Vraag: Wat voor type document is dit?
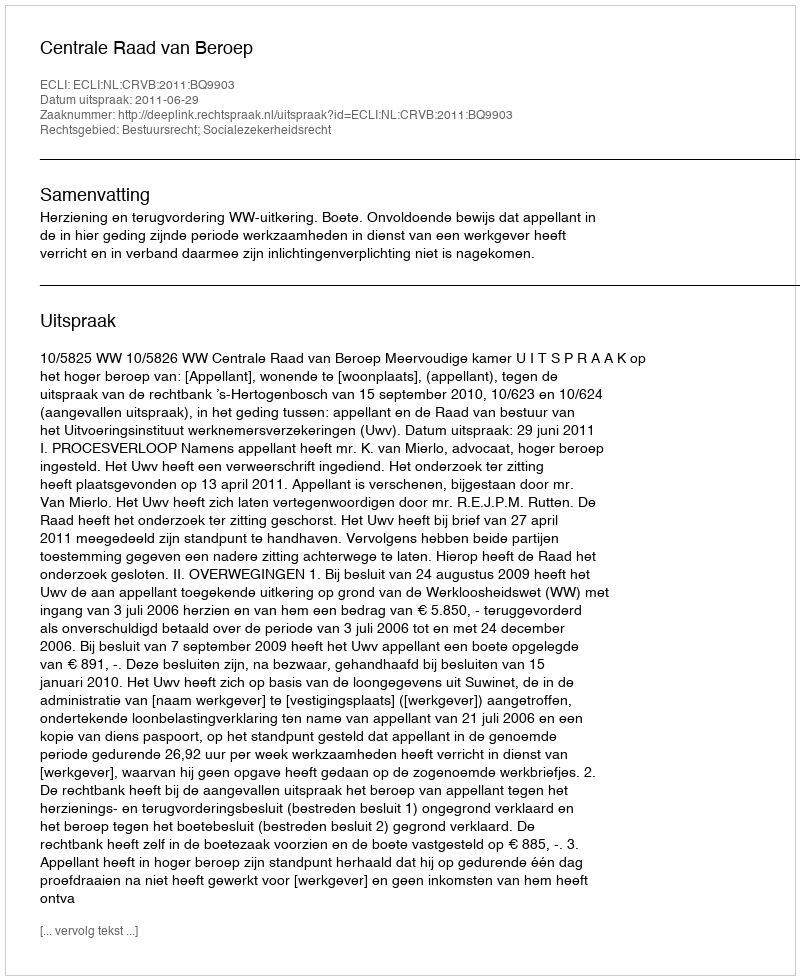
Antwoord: Uitspraak